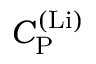
C _ { \mathrm { P } } ^ { \mathrm { ( L i ) } }